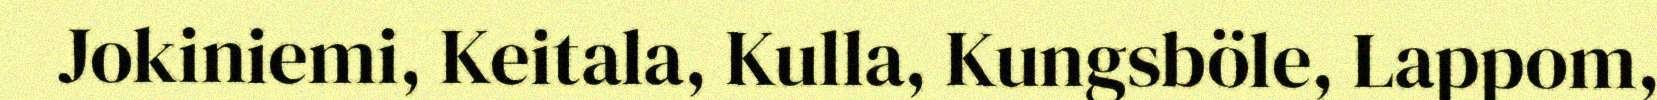
Jokiniemi, Keitala, Kulla, Kungsböle, Lappom,